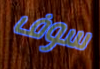
سوف